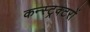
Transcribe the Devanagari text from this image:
कन्स्ट्रक्टरों